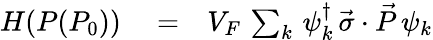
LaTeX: \begin{array}{rlr}{H(P(P_{0}))}&{{}=}&{V_{F}\, \sum_{k}\, \psi_{k}^{\dagger}\, \vec{\sigma}\cdot\vec{P}\, \psi_{k}}\end{array}